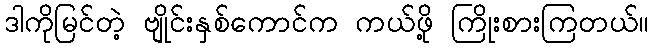
ဒါကိုမြင်တဲ့ ဗျိုင်းနှစ်ကောင်က ကယ်ဖို့ ကြိုးစားကြတယ်။